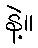
နဲ့။